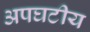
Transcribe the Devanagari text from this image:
अपघटीय